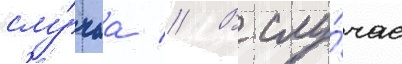
слу́чаа // В слу́чае